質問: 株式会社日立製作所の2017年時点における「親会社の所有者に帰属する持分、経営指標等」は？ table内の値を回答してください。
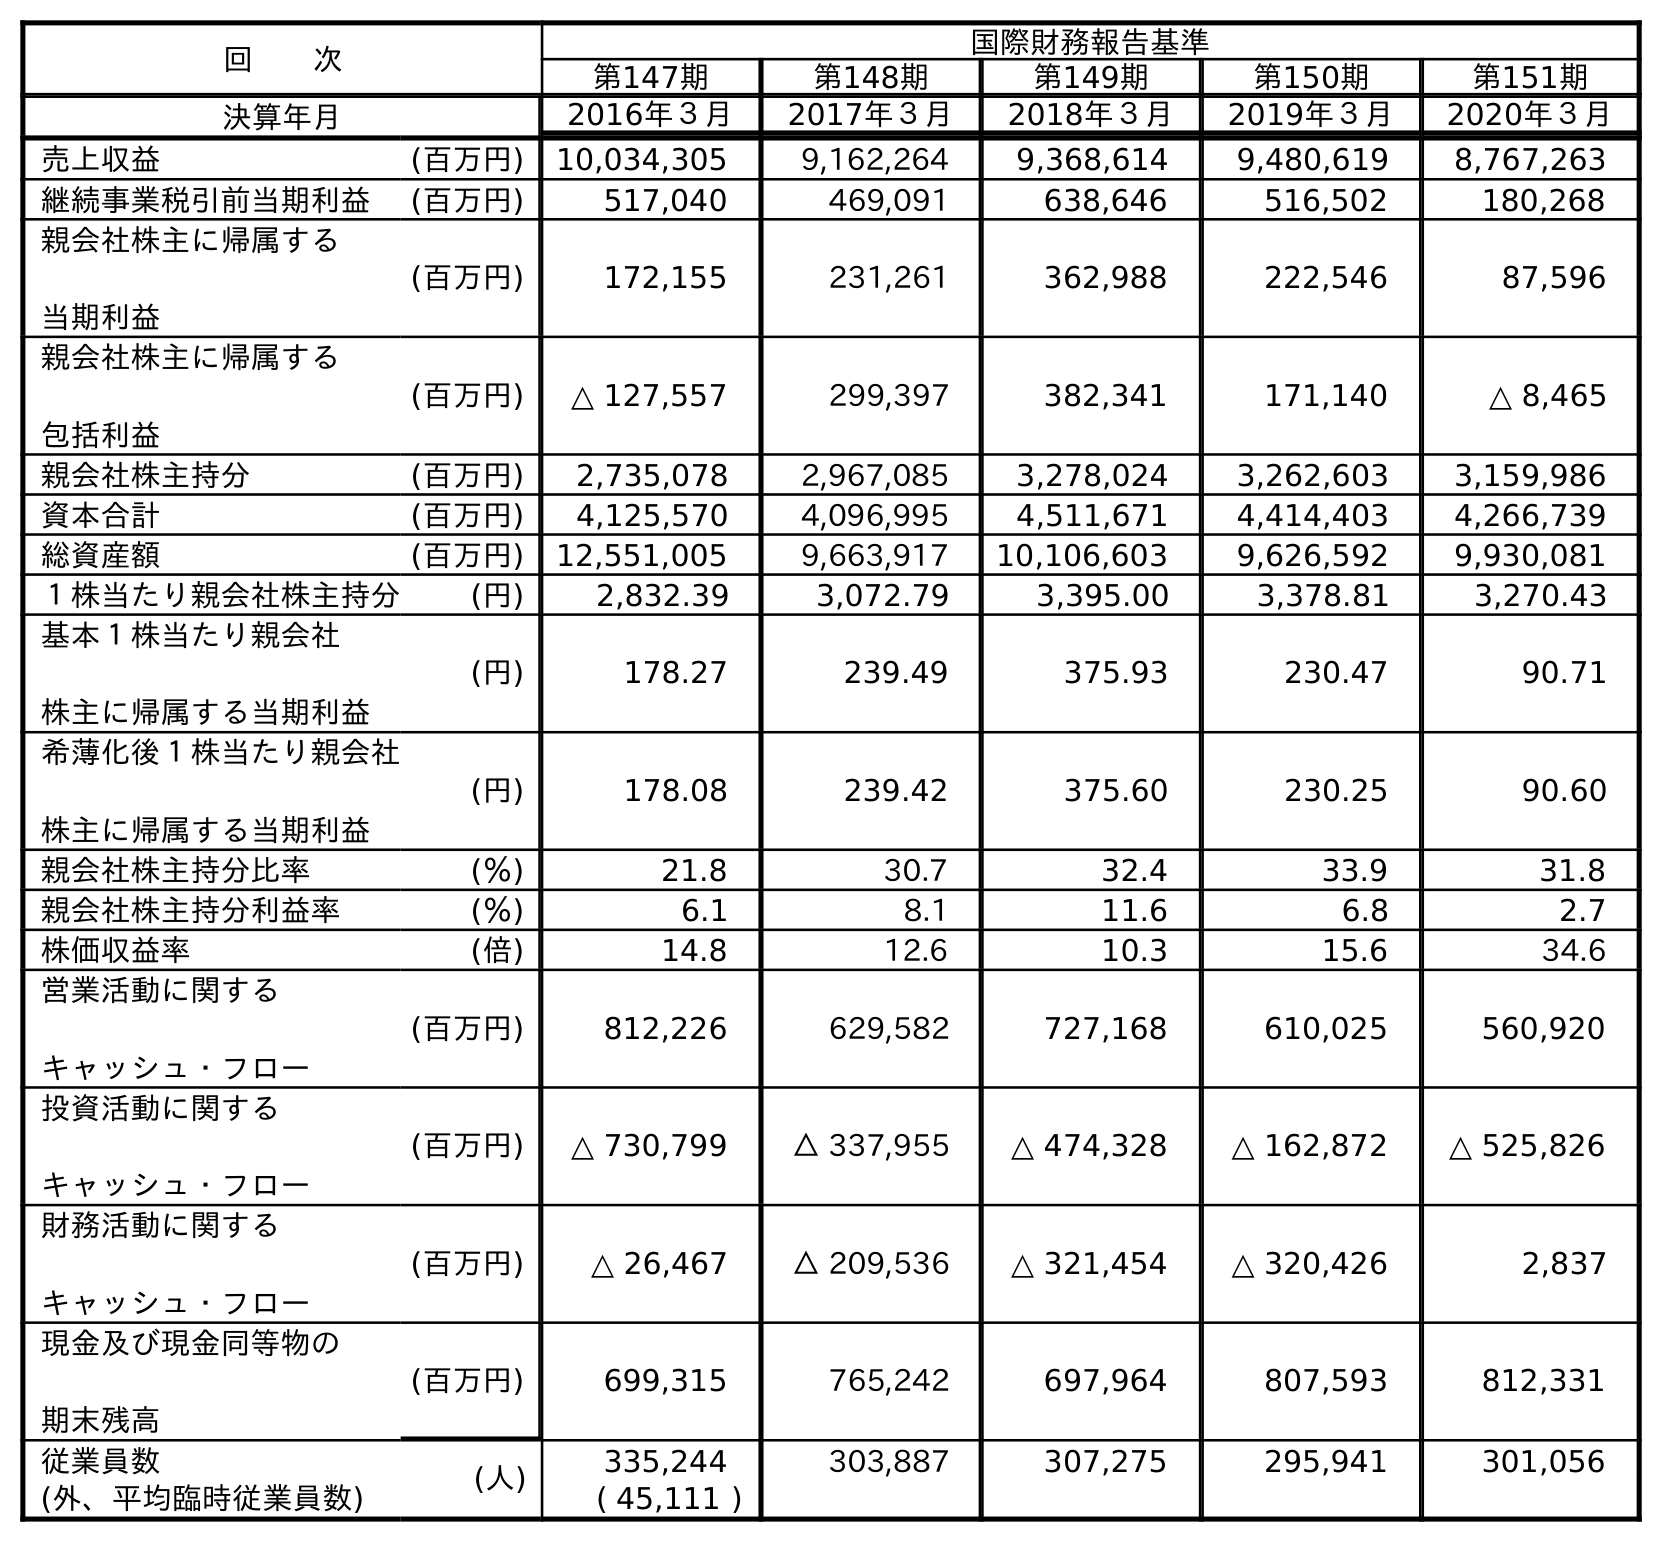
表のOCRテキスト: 回  次 国際財務報告基準 第147期 第148期 第149期 第150期 第151期 決算年月 2016年３月 2017年３月 2018年３月 2019年３月 2020年３月 売上収益 (百万円) 10,034,305 9,162,264 9,368,614 9,480,619 8,767,263 継続事業税引前当期利益 (百万円) 517,040 469,091 638,646 516,502 180,268 親会社株主に帰属する 当期利益 (百万円) 172,155 231,261 362,988 222,546 87,596 親会社株主に帰属する 包括利益 (百万円) △ 127,557 299,397 382,341 171,140 △ 8,465 親会社株主持分 (百万円) 2,735,078 2,967,085 3,278,024 3,262,603 3,159,986 資本合計 (百万円) 4,125,570 4,096,995 4,511,671 4,414,403 4,266,739 総資産額 (百万円) 12,551,005 9,663,917 10,106,603 9,626,592 9,930,081 １株当たり親会社株主持分 (円) 2,832.39 3,072.79 3,395.00 3,378.81 3,270.43 基本１株当たり親会社 株主に帰属する当期利益 (円) 178.27 239.49 375.93 230.47 90.71 希薄化後１株当たり親会社 株主に帰属する当期利益 (円) 178.08 239.42 375.60 230.25 90.60 親会社株主持分比率 (％) 21.8 30.7 32.4 33.9 31.8 親会社株主持分利益率 (％) 6.1 8.1 11.6 6.8 2.7 株価収益率 (倍) 14.8 12.6 10.3 15.6 34.6 営業活動に関する キャッシュ・フロー (百万円) 812,226 629,582 727,168 610,025 560,920 投資活動に関する キャッシュ・フロー (百万円) △ 730,799 △ 337,955 △ 474,328 △ 162,872 △ 525,826 財務活動に関する キャッシュ・フロー (百万円) △ 26,467 △ 209,536 △ 321,454 △ 320,426 2,837 現金及び現金同等物の 期末残高 (百万円) 699,315 765,242 697,964 807,593 812,331 従業員数 (人) 335,244 303,887 307,275 295,941 301,056 (外、平均臨時従業員数) ( 45,111 )
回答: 2,967,085